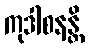
ကုဒါစနန္တိ